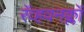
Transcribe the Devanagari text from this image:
रॅव्हवनक्लॉ